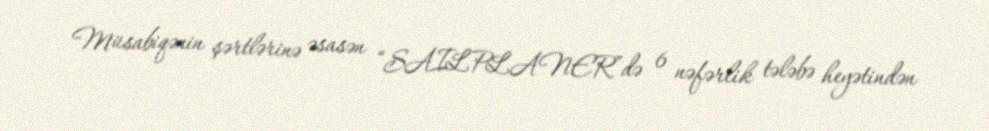
Müsabiqənin şərtlərinə əsasən “SAILPLANER”də 6 nəfərlik tələbə heyətindən